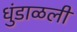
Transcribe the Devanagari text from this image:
धुंडाळली